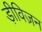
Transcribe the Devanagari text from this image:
ड़ीविज़न